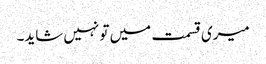
میری قسمت میں تو نہیں شاید۔